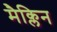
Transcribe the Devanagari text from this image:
मैक्लिन